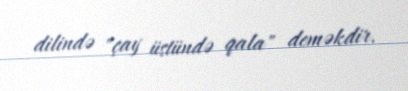
dilində "çay üstündə qala" deməkdir.